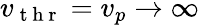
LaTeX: v_{\mathrm{~t~h~r~}}=v_{p}\to\infty